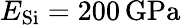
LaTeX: E_{\mathrm{Si}}=200\, \mathrm{GPa}